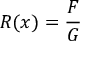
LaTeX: R ( x ) = { \frac { F } { G } }